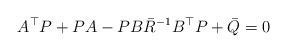
LaTeX: \begin{align*}A^{\top}P + PA -PB\bar{R}^{-1}B^{\top}P +\bar{Q}= 0\end{align*}